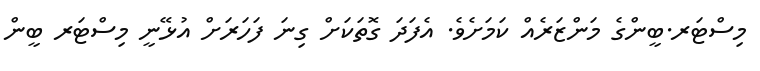
މިސްޓަރ.ބީންގެ މަންޒަރެއް ކަމަށެވެ. އެފަދަ ގޮތަކަށް ގިނަ ފަހަރަށް އުޅޭނީ މިސްޓަރ ބީން